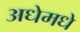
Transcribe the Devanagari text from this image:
अधेमधे